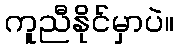
ကူညီနိုင်မှာပဲ။